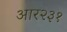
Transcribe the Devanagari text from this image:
आर२३१